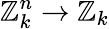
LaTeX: \mathbb{Z}_{k}^{n}\to\mathbb{Z}_{k}